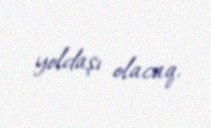
yoldaşı olacaq.